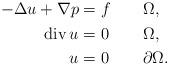
LaTeX: \begin{align*}\begin{alignedat}{3}-\Delta u + \nabla p &= f &\qquad& &&\Omega,\\\mathop{\rm\,div}u &= 0 && &&\Omega, \\u &= 0 && &&\partial \Omega.\end{alignedat}\end{align*}